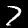
Label: 7